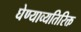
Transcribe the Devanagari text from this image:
घेण्याव्यतिरिक्त